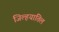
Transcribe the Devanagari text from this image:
जिल्हयातिल